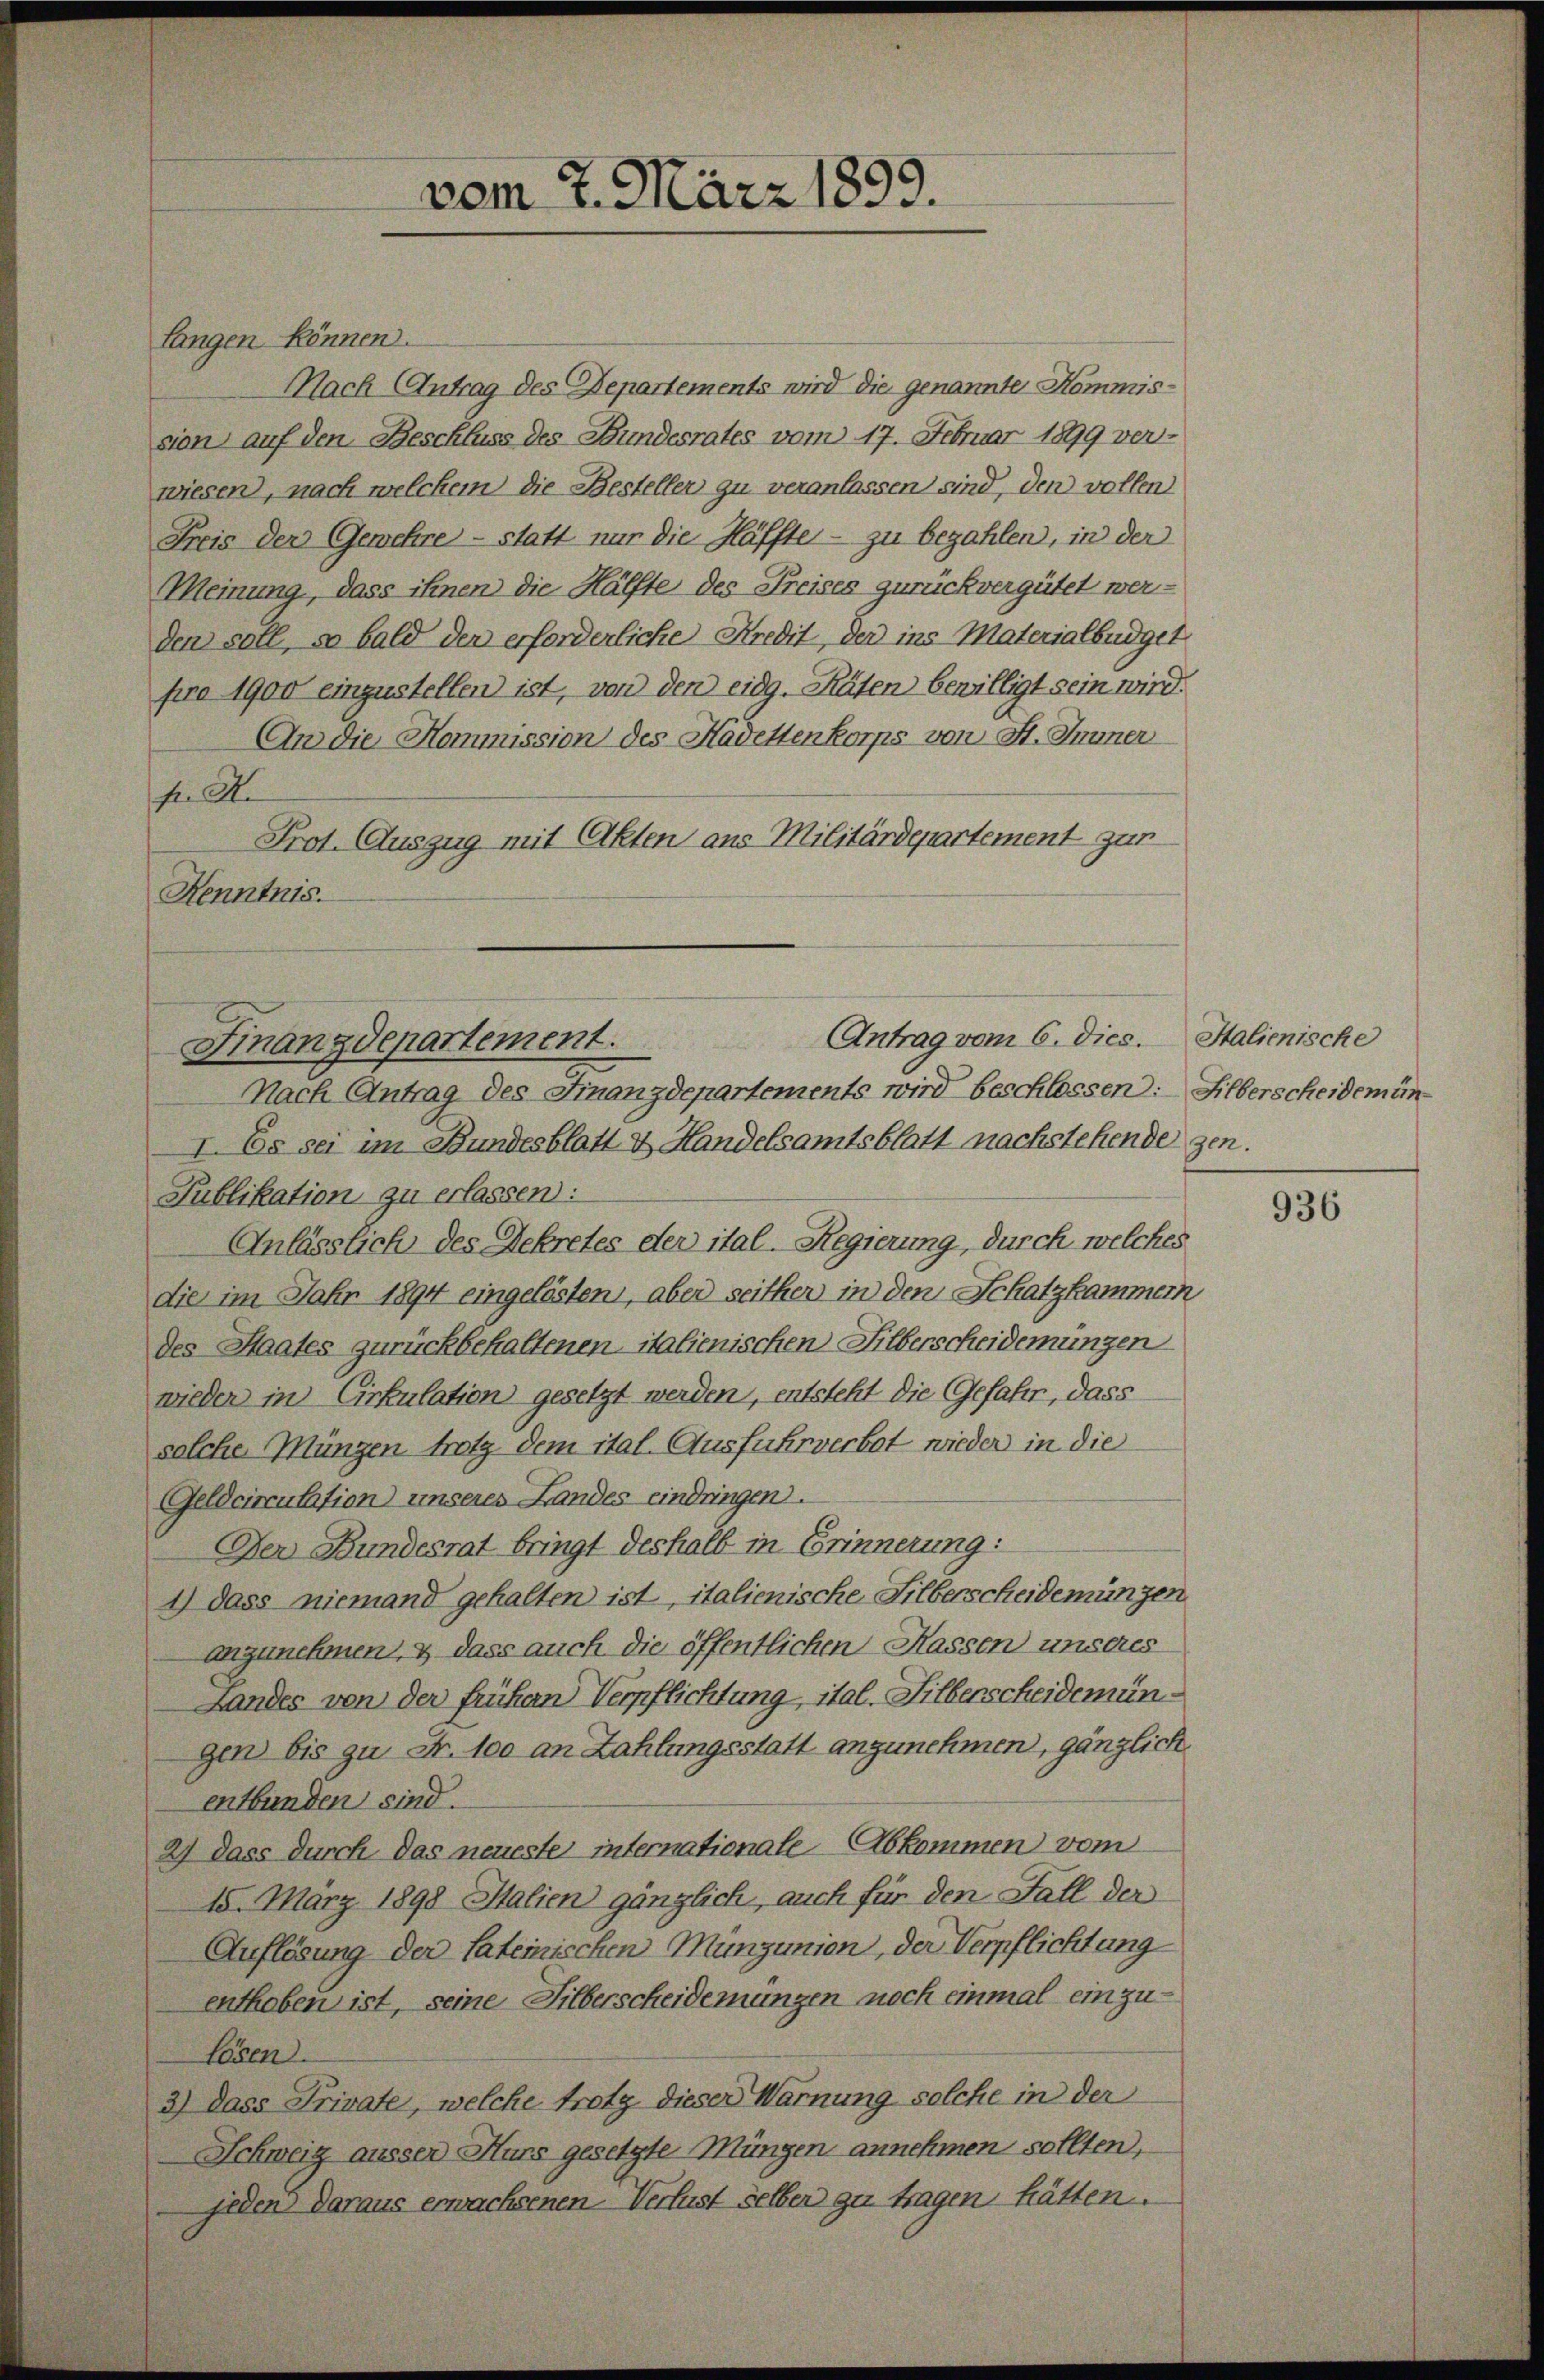
langen können.
Nach (Antrag des Departements wird die genannte Kommission auf den Beschluss des Bundesrates vom 17. Februar 1899 ver-
wiesen), nach welchem die Besteller zu veranlassen sind, den vollen
Freis der Gewehre - statt nur die Häffte - zu bezahlen, in der
Meinung, dass ihren die Hälfte des Freises zurückvergütet werden soll, so bald den erforderliche Kredit, der ins Materialbüdget
pro 1900 einzustellen ist, von den eidg. Räten bewilligt sein wird.
An die Kommission des Hadettenkorps von St. Jenner
h A.
Prot. Auszug mit Akten aus Militärdepartement zur
Kenntnis.

vom 7. März 1899.

Antrag vom 6. dies.
Finanzdepartement.

Nach Antrag des Finanzdepartements wird beschlossen: Silberscheidemün
I. Es sei im Bundesblatt & Handelsamtsblatt nachstehende gen.
Publikation zu erlassen:
Anlässlich des Dekretes der ital-Regierung, durch welches
die im Jahr 1894 eingelösten, aber seither in den Schatzkammern
des Staates zurückbehaltenen italienischen Silberscheiderungen
wieder in Cirkulation gesetzt werden, entsteht die Gefahr, dass
solche Münzen trotz dem ital. Ausfuhrverbot wieder in die
Geldcirculation unseres Landes eindringen.
Der Bundesrat bringt deshalb in Erinnerung:
1) dass niemand gehalten ist, italienische Silberscheidemünzen
anzunehmen & dass auch die öffentlichen Hassen unseres
Landes von der frühern Verpflichtung, ital. Silberscheidemüngen bis zu Fr. 100 an Zahlungsstatt anzunehmen, gänzlich.
entbunden sind.
2) dass durch das neuester internationale Abkommen vom
15. März 1898 Salien gänzlich, auch für den Fall der
Auflösung der lateinischen Munzinien, der Verpflichtung
enthoben ist, seine Silberscheidemünzen noch einmal einzu¬
Lesen.
3) Dass Private, welche trotz dieser Warnung solche in der
Schweig ausser Murs gesetzte Müngen annehmen sollten,
jeden daraus erwachsenen Verlust selben zu tragen hätten.

Italienische

936